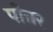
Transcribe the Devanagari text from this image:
पोन्नर